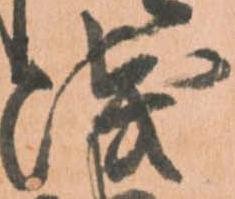
浅